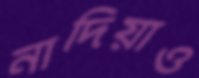
নাদিয়াও